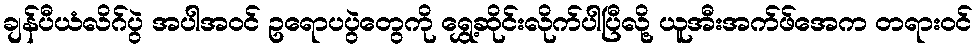
ချန်ပီယံလိဂ်ပွဲ အပါအဝင် ဥရောပပွဲတွေကို ရွှေ့ဆိုင်းလိုက်ပါပြီလို့ ယူအီးအက်ဖ်အေက တရားဝင်